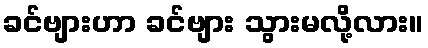
ခင်ဗျားဟာ ခင်ဗျား သွားမလို့လား။